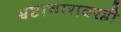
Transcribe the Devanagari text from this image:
भ्रष्टाचारावरही